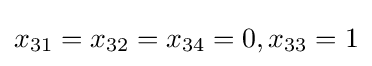
x_{31}=x_{32}=x_{34}=0,x_{33}=1